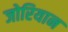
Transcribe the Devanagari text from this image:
जोरियान